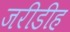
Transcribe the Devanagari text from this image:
जरीडीह